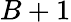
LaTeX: B+1